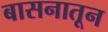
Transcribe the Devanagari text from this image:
बासनातून